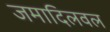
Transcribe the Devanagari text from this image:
जमादिलवल